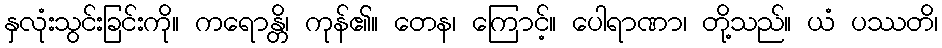
နှလုံးသွင်းခြင်းကို။ ကရောန္တိ၊ ကုန်၏။ တေန၊ ကြောင့်။ ပေါရာဏာ၊ တို့သည်။ ယံ ပဿတိ၊